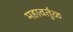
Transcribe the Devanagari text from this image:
महावर्तुळ